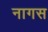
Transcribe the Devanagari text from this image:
नागस